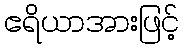
ဧရိယာအားဖြင့်